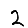
Digit: 2